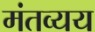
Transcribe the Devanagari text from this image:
मंतव्यय